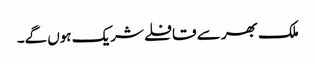
ملک بھر سے قافلے شریک ہوں گے۔